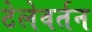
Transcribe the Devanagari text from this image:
टेलेवर्तन